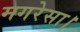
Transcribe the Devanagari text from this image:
मगरेसा।